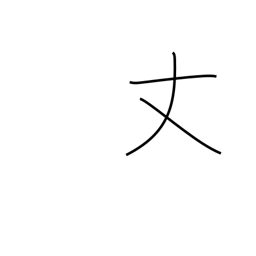
Meaning: only